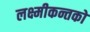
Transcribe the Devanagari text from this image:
लक्ष्मीकन्तको